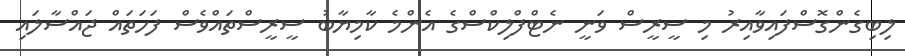
ލިބިގެންގޮސްފައިވާއިރު މި ސީރީސް ވަނީ ނެޓްފްލިކްސްގެ އެންމެ ކާމިޔާބު ސީރީސްތައްވެސް ފަހަތައް ޖައްސާލައި